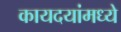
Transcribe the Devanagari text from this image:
कायदयांमध्ये